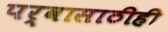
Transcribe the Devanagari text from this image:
पर्वासाठीही